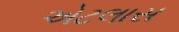
એટલાસ